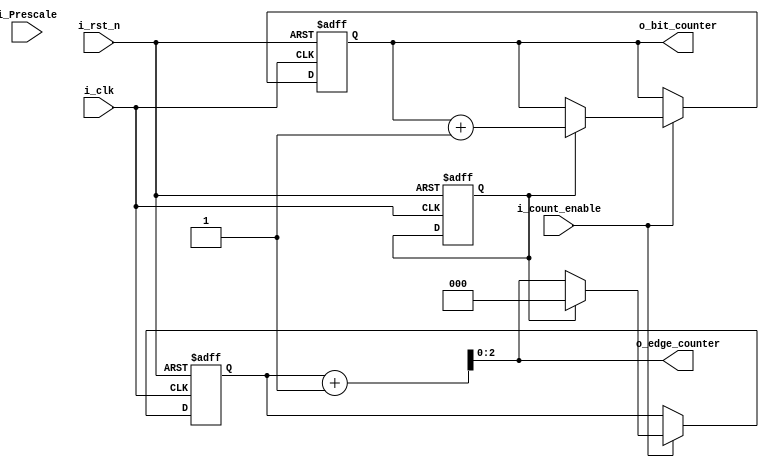
module Counter
#(parameter PRESCALE =8,
            BYTE_WIDTH=8) 
(
    output  reg         [$clog2(PRESCALE)-1:0]      o_edge_counter,
    output  reg         [$clog2(BYTE_WIDTH)-1:0]    o_bit_counter,
    input   wire                                    i_count_enable,
    input   wire        [$clog2(PRESCALE)-1:0]      i_Prescale,
    input   wire                                    i_clk,
    input   wire                                    i_rst_n
);

    reg     [$clog2(BYTE_WIDTH)-1:0]    bit_counter=0;
    reg     [$clog2(PRESCALE)-1:0]      edge_counter=0;
    reg                                 overflow=0;


always@(posedge i_clk or negedge i_rst_n)
    begin
        
        if (!i_rst_n)
            begin
                edge_counter<= {      (PRESCALE)      {1'b0} };
                bit_counter<=  { ($clog2(BYTE_WIDTH)) {1'b0} };
                overflow<=1'b0;
            end
            
        else 
            begin

                if (i_count_enable)
                    begin
        
                        if (overflow)
                            begin
                                edge_counter<= { (PRESCALE) {1'b0} };
                                bit_counter<=bit_counter+1;                                
                            end

                        else 
                            begin
                                edge_counter<=o_edge_counter;
                                bit_counter<=bit_counter;
                            end

                    end
                    
            end

    end

always@(*)

    begin
            {overflow , o_edge_counter }=edge_counter+1;
            o_bit_counter=bit_counter;
    end

endmodule